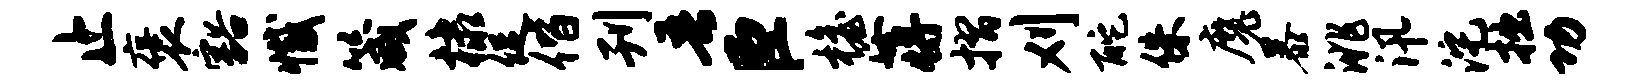
止褒豁撼箴棣促偕刊吾臣檐蒋摺刈酡侏魔暴洮汛沱拙功